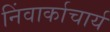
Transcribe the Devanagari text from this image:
निंवार्काचार्य